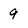
Character: 9